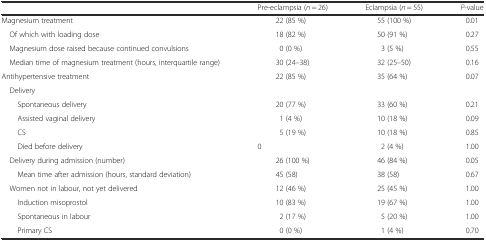
<table><thead><tr><td></td><td><b>Pre-eclampsia (<i>n</i> = 26)</b></td><td><b>Eclampsia (<i>n</i> = 55)</b></td><td><b><i>P</i>-value</b></td></tr></thead><tbody><tr><td>Magnesium treatment</td><td>22 (85 %)</td><td>55 (100 %)</td><td>0.01</td></tr><tr><td> Of which with loading dose</td><td>18 (82 %)</td><td>50 (91 %)</td><td>0.27</td></tr><tr><td> Magnesium dose raised because continued convulsions</td><td>0 (0 %)</td><td>3 (5 %)</td><td>0.55</td></tr><tr><td> Median time of magnesium treatment (hours, interquartile range)</td><td>30 (24–38)</td><td>32 (25–50)</td><td>0.16</td></tr><tr><td>Antihypertensive treatment</td><td>22 (85 %)</td><td>35 (64 %)</td><td>0.07</td></tr><tr><td colspan="4"> Delivery</td></tr><tr><td>Spontaneous delivery</td><td>20 (77 %)</td><td>33 (60 %)</td><td>0.21</td></tr><tr><td>Assisted vaginal delivery</td><td>1 (4 %)</td><td>10 (18 %)</td><td>0.09</td></tr><tr><td>CS</td><td>5 (19 %)</td><td>10 (18 %)</td><td>0.85</td></tr><tr><td>Died before delivery</td><td>0</td><td>2 (4 %)</td><td>1.00</td></tr><tr><td> Delivery during admission (number)</td><td>26 (100 %)</td><td>46 (84 %)</td><td>0.05</td></tr><tr><td>Mean time after admission (hours, standard deviation)</td><td>45 (58)</td><td>38 (58)</td><td>0.67</td></tr><tr><td> Women not in labour, not yet delivered</td><td>12 (46 %)</td><td>25 (45 %)</td><td>1.00</td></tr><tr><td>Induction misoprostol</td><td>10 (83 %)</td><td>19 (67 %)</td><td>1.00</td></tr><tr><td>Spontaneous in labour</td><td>2 (17 %)</td><td>5 (20 %)</td><td>1.00</td></tr><tr><td>Primary CS</td><td>0 (0 %)</td><td>1 (4 %)</td><td>0.70</td></tr></tbody></table>